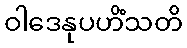
ဝါဒေနုပဟိံသတိ